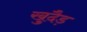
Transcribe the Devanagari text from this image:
खुदैड़